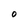
Character: O